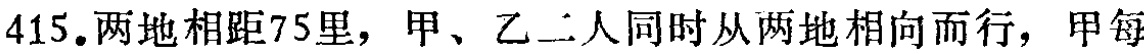
415.两地相距75里，甲、乙二人同时从两地相向而行，甲每